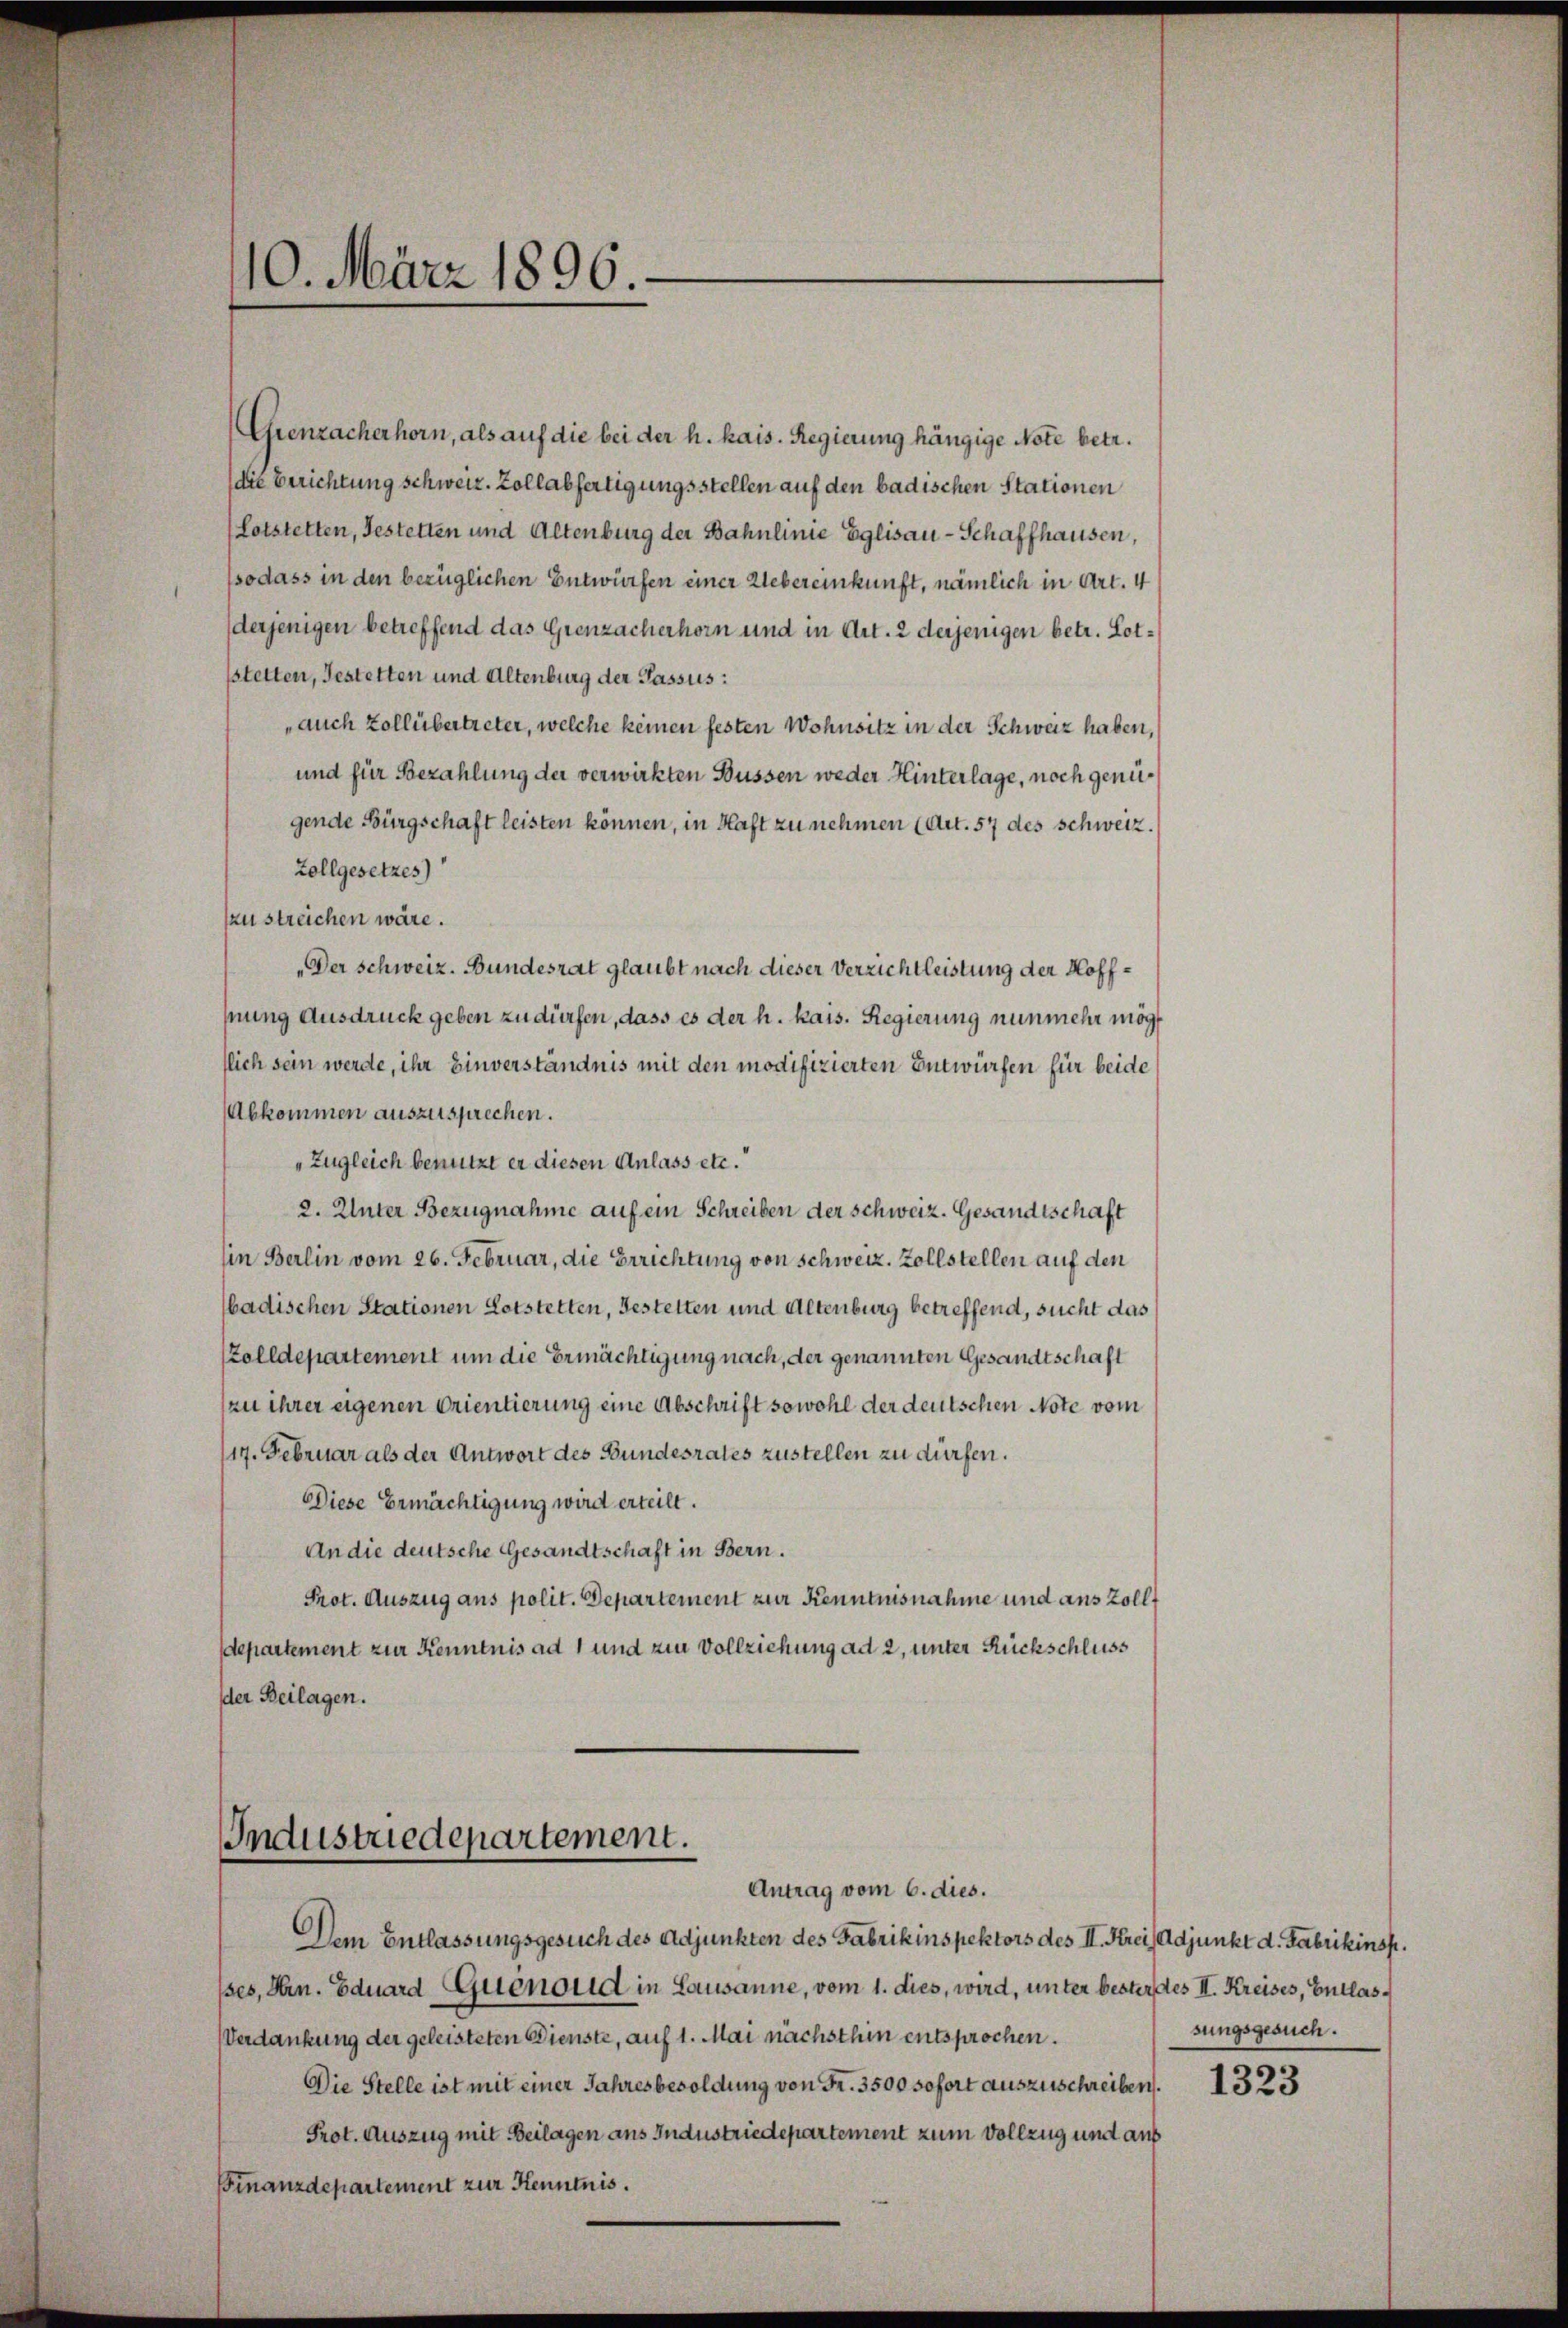
10. März 1896.

Grenzacherhorn, als auf die bei der h. kais. Regierung hängige Note betr.
die Berichtung schweiz. Zollabfertigungsstellen auf den badischen Stationen
(Lotstetten, Gestetten und Altenburg der Bahnlinie Eglisau-Schaffhausen,
sodass in den bezüglichen Entwürfen einer Uebereinkunft, nämlich in Art. 4
derjenigen betreffend das Grenzacherhorn und in Art. 2 derjenigen betr. Lotstetten, Gestetten und Altenburg der Passus:
auch Zollübertreter, welche keinen festen Wohnsitz in der Schweiz haben,
und für Bezahlung der verwirkten Büssen weder Hinterlage, noch genügende Bürgschaft leisten können, in Haft zu nehmen (Art. 57 des Schweiz.
Zollgesetzes)
szu streichen wäre.
„Der Schweiz. Bundesrat glaubt nach dieser Verzichtleistung der Hoffhung Ausdruck geben zu dürfen, dass es der h. kais. Regierung nunmehr mögt
flich sein werde, ihr Einverständnis mit den modifizierten Entwürfen für beide
Abkommen auszusprechen.
„Zugleich benutzt er diesen Anlass etc.
2. Unter Bezugnahme auf ein Schreiben der Schweiz. Gesandtschaft
lin Berlin vom 26. Februar, die Errichtung von Schweiz. Zollstellen auf den
badischen Stationen Lotstetten, Gestetten und Altenburg betreffend, sucht das
Zolldepartement um die Ermächtigung nach, der genannten Gesandtschaft
zu ihrer eigenen Orientierung eine Abschrift sowohl der deutschen Note vom
117. Februar als der Antwort des Bundesrates zustellen zu dürfen.
Diese Ermächtigung wird erteilt.
An die deutsche Gesandtschaft in Bern.
Prot. Auszug aus polit. Departement zur Kenntnisnahme und aus Zolldepartement zur Kenntnis ad 1 und zur Vollziehung ad 2, unter Rückschluss
der Beilagen.

Industriedepartement.
Antrag vom 6. dies.

Dem Entlassungsgesuch des Adjunkten des Fabrikinspektors des II. Kreis Adjunkt d. Fabrikinsp
sses, Hrn. Eduard Guenoud in Lausanne, vom 1. dies, wird, unter bester des II. Kreises, Entlas¬
Verdankung der geleisteten Dienste, auf 1. Mai nächsthin entsprochen.
Die Stelle ist mit einer Jahresbesoldung von Fr. 3500 sofort auszuschreiben.
Prot. Auszug mit Beilagen ans Industriedepartement zum Vollzug und aus
Finanzdepartement zur Kenntnis.

sungsgesuch.

1323